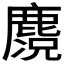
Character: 𪋃